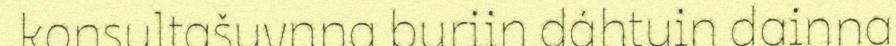
konsultašuvnna buriin dáhtuin dainna